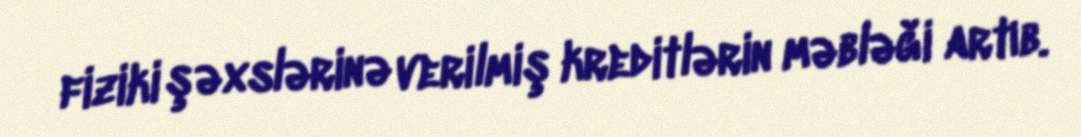
fiziki şəxslərinə verilmiş kreditlərin məbləği artıb.